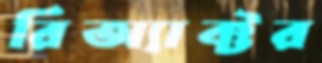
রিঅ্যাক্টর